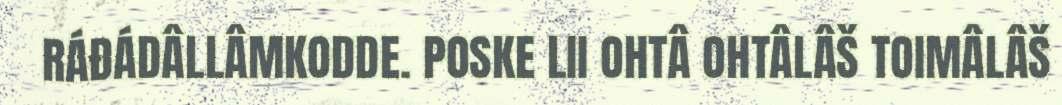
RÁĐÁDÂLLÂMKODDE. POSKE LII OHTÂ OHTÂLÂŠ TOIMÂLÂŠ